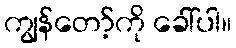
ကျွန်တော့်ကို ခေါ်ပါ။